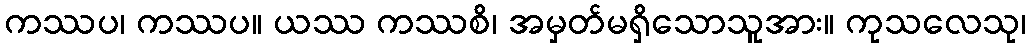
ကဿပ၊ ကဿပ။ ယဿ ကဿစိ၊ အမှတ်မရှိသောသူအား။ ကုသလေသု၊